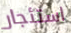
استئجار